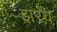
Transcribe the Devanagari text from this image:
झ़रव